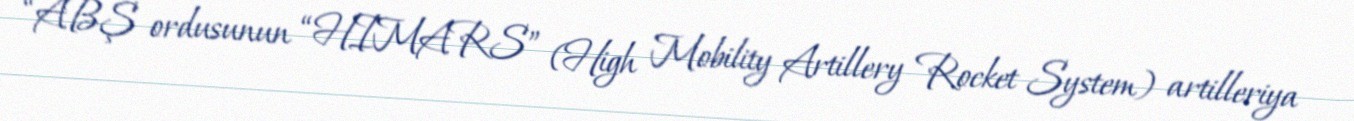
“ABŞ ordusunun “HIMARS” (High Mobility Artillery Rocket System) artilleriya